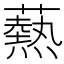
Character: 爇